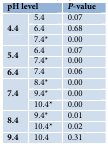
<table><thead><tr><td colspan="2"><b>pH level</b></td><td><b><i>P</i>-value</b></td></tr></thead><tbody><tr><td rowspan="3"><b>4.4</b></td><td>5.4</td><td>0.07</td></tr><tr><td>6.4</td><td>0.68</td></tr><tr><td>7.4*</td><td>0.00</td></tr><tr><td rowspan="2"><b>5.4</b></td><td>6.4</td><td>0.07</td></tr><tr><td>7.4*</td><td>0.00</td></tr><tr><td><b>6.4</b></td><td>7.4</td><td>0.06</td></tr><tr><td rowspan="3"><b>7.4</b></td><td>8.4*</td><td>0.00</td></tr><tr><td>9.4*</td><td>0.00</td></tr><tr><td>10.4*</td><td>0.00</td></tr><tr><td rowspan="2"><b>8.4</b></td><td>9.4*</td><td>0.01</td></tr><tr><td>10.4*</td><td>0.02</td></tr><tr><td><b>9.4</b></td><td>10.4</td><td>0.31</td></tr></tbody></table>